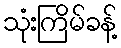
သုံးကြိမ်ခန့်